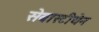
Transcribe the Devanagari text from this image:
सेबास्टीयेन